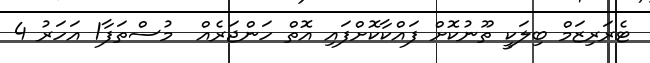
ޓެރަރިޒަމް ބިލަކީ ތޫނުކޮށް ފައްކާކޮށްފައި އޮތް ހަންޖަރެއް  މުސްތަފާ1 އަހަރު 4